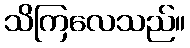
သိကြလေသည်။